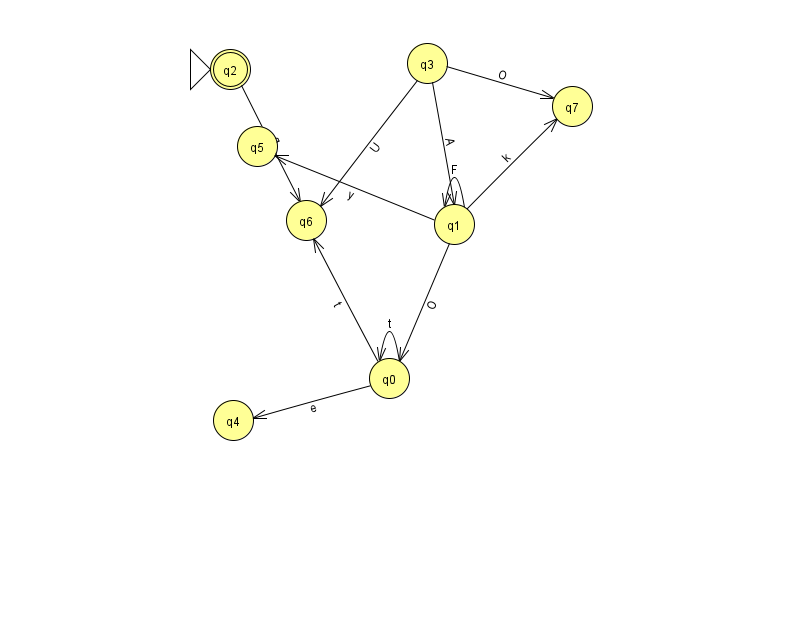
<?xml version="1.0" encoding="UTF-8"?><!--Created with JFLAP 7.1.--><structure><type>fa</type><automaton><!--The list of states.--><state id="0" name="q0"><x>389.0</x><y>365.0</y></state><state id="1" name="q1"><x>454.0</x><y>211.0</y></state><state id="2" name="q2"><x>230.0</x><y>56.0</y><initial/><final/></state><state id="3" name="q3"><x>427.0</x><y>50.0</y></state><state id="4" name="q4"><x>233.0</x><y>407.0</y></state><state id="5" name="q5"><x>257.0</x><y>133.0</y></state><state id="6" name="q6"><x>306.0</x><y>207.0</y></state><state id="7" name="q7"><x>572.0</x><y>93.0</y></state><!--The list of transitions.--><transition><from>1</from><to>5</to><read>y</read></transition><transition><from>0</from><to>6</to><read>t</read></transition><transition><from>0</from><to>0</to><read>t</read></transition><transition><from>0</from><to>4</to><read>e</read></transition><transition><from>1</from><to>1</to><read>F</read></transition><transition><from>1</from><to>7</to><read>k</read></transition><transition><from>1</from><to>0</to><read>O</read></transition><transition><from>3</from><to>6</to><read>U</read></transition><transition><from>2</from><to>6</to><read>g</read></transition><transition><from>3</from><to>7</to><read>O</read></transition><transition><from>3</from><to>1</to><read>A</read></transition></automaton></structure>